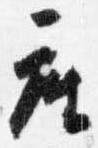
座